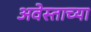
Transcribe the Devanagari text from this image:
अवेस्ताच्या